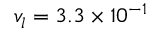
{ v _ { l } } = \mathrm { { } } 3 . 3 \times { 1 0 ^ { - 1 } }